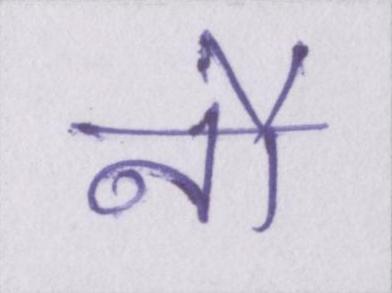
नौ